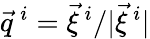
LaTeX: \vec{q}^{\ i}=\vec{\xi}^{\ i}/|\vec{\xi}^{\ i}|